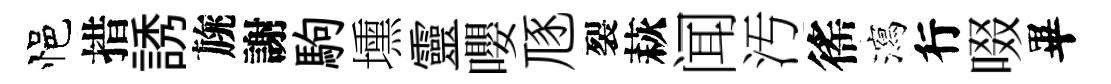
悒措誘旐謝駒壎靈嚶豗裂萩闻汚徭瀉行啜畢